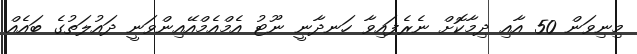
މިނިވަން 50 އާއި ދިމާކޮށް ނެރެފައިވާ ހަނދާނީ ނޫޓު އެމްއެމްއޭއިންވަނީ ދައުލަތުގެ ބައެއް